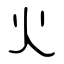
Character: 火